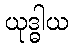
ယုဒ္ဓါယ